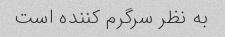
به نظر سرگرم کننده است